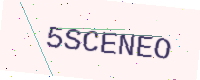
Text: 5SCENEO